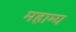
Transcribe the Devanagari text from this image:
महाम्य